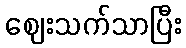
ဈေးသက်သာပြီး